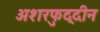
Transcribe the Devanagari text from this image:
अशरफुद्दीन